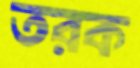
তরক